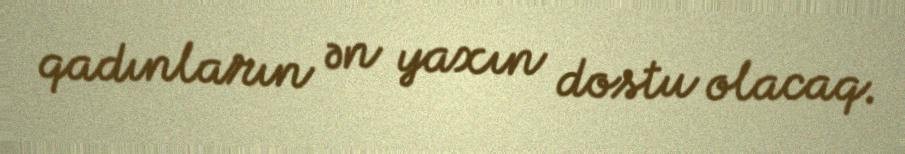
qadınların ən yaxın dostu olacaq.